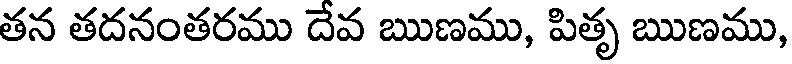
తన తదనంతరము దేవ ఋణము, పితృ ఋణము,